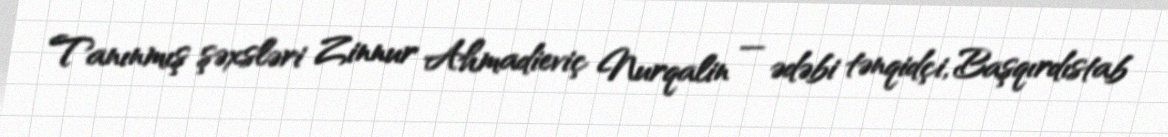
Tanınmış şəxsləri Zinnur Ahmadieviç Nurqalin — ədəbi tənqidçi, Başqırdıstab